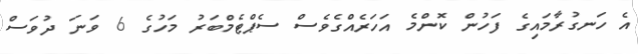
އެ ހަނގުރާމައިގެ ފަހުން ކޮންމެ އަހަރެއްގެވެސް ސެޕްޓެމްބަރު މަހުގެ 6 ވަނަ ދުވަސް